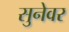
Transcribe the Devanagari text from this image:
सुनेवर